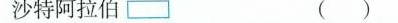
沙特阿拉伯()